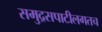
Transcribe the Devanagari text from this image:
समुद्रसपाटीलगतच